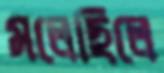
মলেছিলে